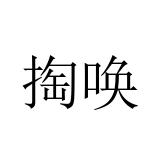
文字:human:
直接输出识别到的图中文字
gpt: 掏唤